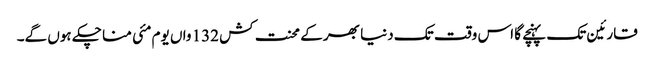
قارئین تک پہنچے گا اس وقت تک دنیا بھر کے محنت کش 132 واں یوم مئی منا چکے ہوں گے۔